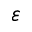
\varepsilon